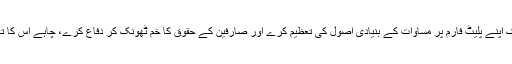
یہ ضروری ہے کہ فیس بک اپنے پلیٹ فارم پر مساوات کے بنیادی اصول کی تعظیم کرے اور صارفین کے حقوق کا خم ٹھونک کر دفاع کرے، چاہے اس کا تعلق کسی بھی ملک سے ہو۔